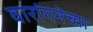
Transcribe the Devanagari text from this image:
वारांगनेच्या